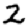
Digit: 2